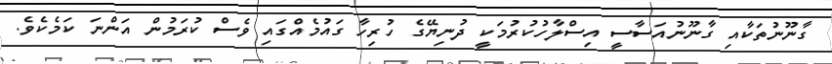
ގާނޫނުތަކާއި ގާނޫނުއަސާސީ އިސްލާހުކުރުމަކީ ދުނިޔޭގެ ހުރިހާ ގައުމެއްގައި ވެސް ކުރަމުން އަންނަ ކަމެކެވެ.